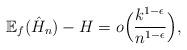
LaTeX: \begin{align*}\mathbb{E}_f(\hat{H}_n) - H = o\Bigl(\frac{k^{1-\epsilon}}{n^{1-\epsilon}}\Bigr),\end{align*}